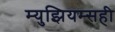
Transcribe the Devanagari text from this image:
म्युझियम्सही